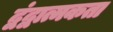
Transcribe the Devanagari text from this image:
द्वंद्वात्मकता